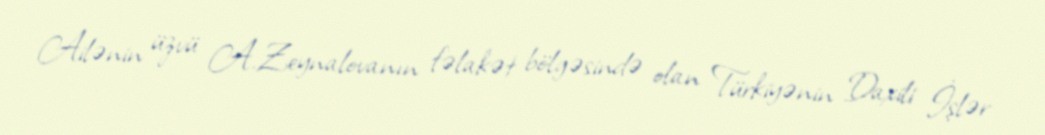
Ailənin üzvü A.Zeynalovanın fəlakət bölgəsində olan Türkiyənin Daxili İşlər